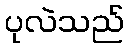
ပုလဲသည်